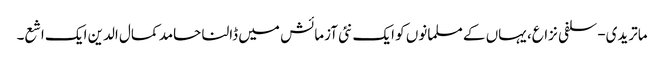
ماتریدی-سلفی نزاع، یہاں کے مسلمانوں کو ایک نئی آزمائش میں ڈالنا حامد کمال الدین ایک اشع۔